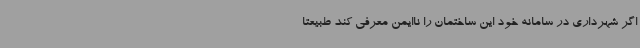
اگر شهرداری در سامانه خود این ساختمان را ناایمن معرفی کند طبیعتاً